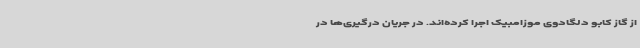
از گاز کابو دلگادوی موزامبیک اجرا کرده‌اند. در جریان درگیری‌ها در